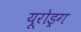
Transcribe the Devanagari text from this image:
यूरोड्रग